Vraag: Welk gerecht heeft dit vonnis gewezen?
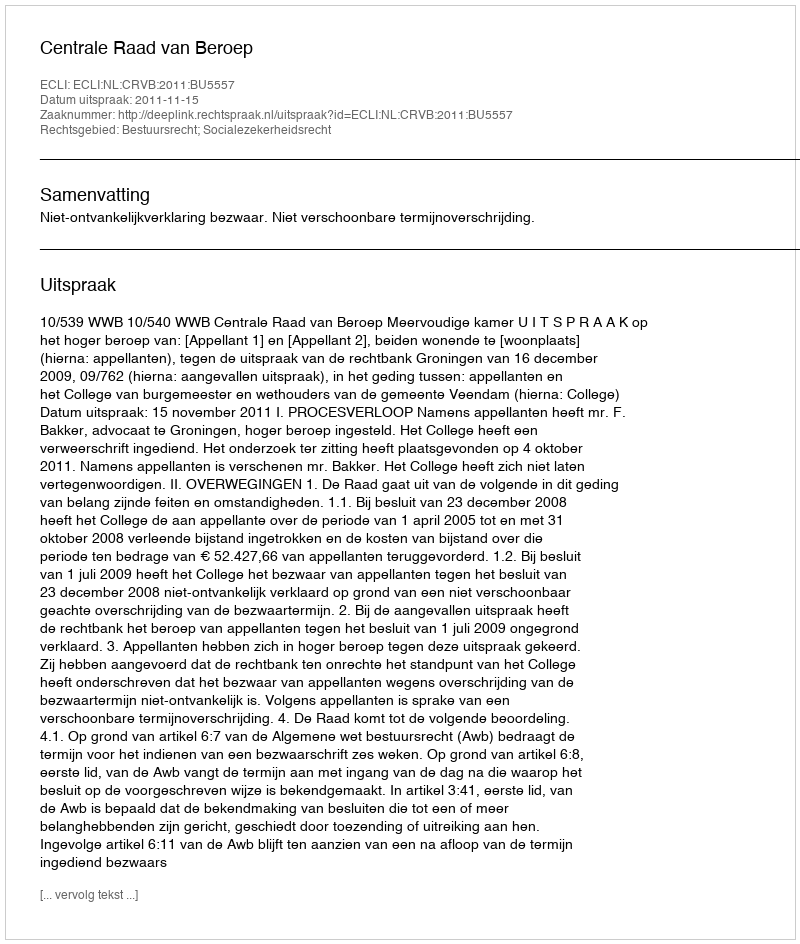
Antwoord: Centrale Raad van Beroep